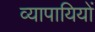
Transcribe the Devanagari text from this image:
व्यापायियों